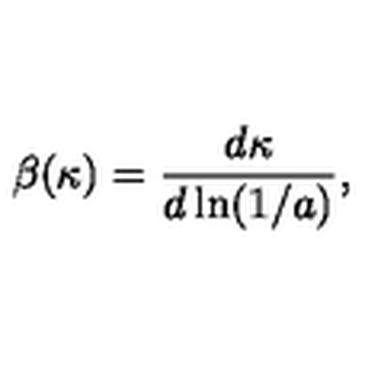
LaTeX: \beta ( \kappa ) = { \frac { d \kappa } { d \ln ( 1 / a ) } } ,